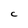
Character: C